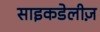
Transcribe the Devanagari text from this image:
साइकडेलीज़